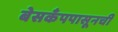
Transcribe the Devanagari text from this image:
बेसकँपपासूनची